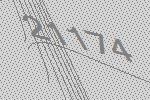
21174